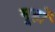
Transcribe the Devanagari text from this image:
मूहों